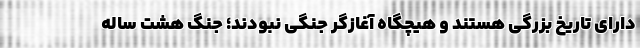
دارای تاریخ بزرگی هستند و هیچگاه آغازگر جنگی نبودند؛ جنگ هشت ساله